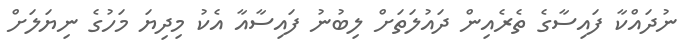
ނުދައްކާ ފައިސާގެ ތެރެއިން ދައުލަތަށް ލިބުނު ފައިސާއާ އެކު މިދިޔަ މަހުގެ ނިޔަލަށް